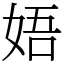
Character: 娪